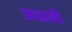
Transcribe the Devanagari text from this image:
उघडावी